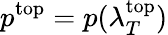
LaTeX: p^{\mathrm{top}}=p(\lambda_{T}^{\mathrm{top}})